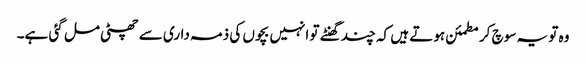
وہ تو یہ سوچ کر مطمئن ہوتے ہیں کہ چند گھنٹے تو انہیں بچوں کی ذمہ داری سے چھٹی مل گئی ہے۔